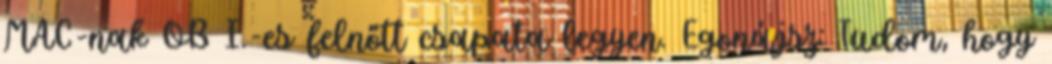
MAC-nak OB I.-es felnőtt csapata legyen. Egonájsz: Tudom, hogy